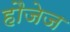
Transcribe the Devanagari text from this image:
हौजेज